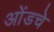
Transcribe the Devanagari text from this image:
ओंडचे